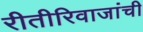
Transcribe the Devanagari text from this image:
रीतीरिवाजांची